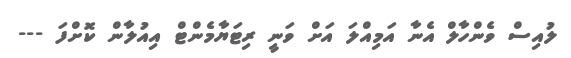
ލުއިސް ވެންހާލް އެނާ އަމިއްލަ އަށް ވަނީ ރިޓަޔާމެންޓް އިއުލާން ކޮށްފަ ---